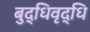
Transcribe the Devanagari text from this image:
बुद्धिवृद्धि